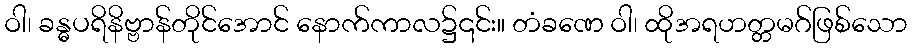
ဝါ၊ ခန္ဓပရိနိဗ္ဗာန်တိုင်အောင် နောက်ကာလ၌၎င်း။ တံခဏေ ဝါ၊ ထိုအရဟတ္တမဂ်ဖြစ်သော